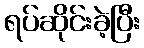
ရပ်ဆိုင်းခဲ့ပြီး